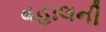
વહાલની